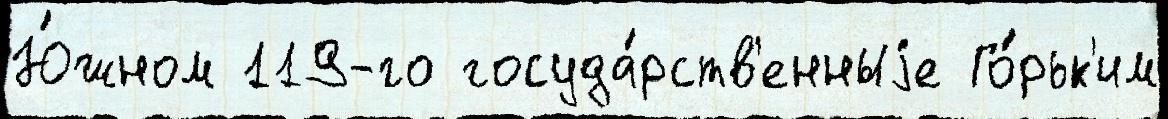
Ю́жном 119-го госуда́рств'енныjе Го́рьк'им